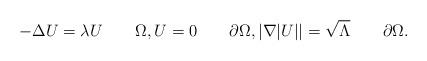
LaTeX: \begin{align*}-\Delta U=\lambda U\quad\quad\Omega,U=0\quad\quad\partial\Omega, |\nabla |U||=\sqrt{\Lambda}\quad\quad\partial\Omega.\end{align*}